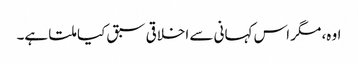
اوہ، مگر اس کہانی سے اخلاقی سبق کیا ملتا ہے۔